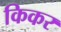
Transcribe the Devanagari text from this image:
किकर